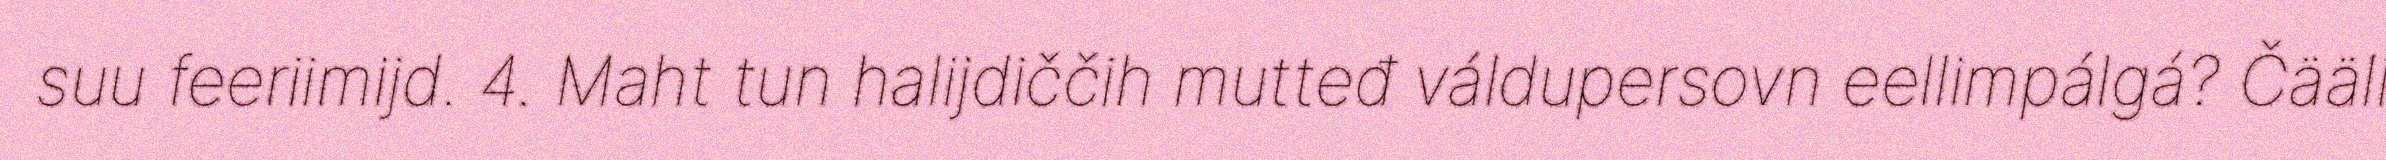
suu feeriimijd. 4. Maht tun halijdiččih mutteđ váldupersovn eellimpálgá? Čääli